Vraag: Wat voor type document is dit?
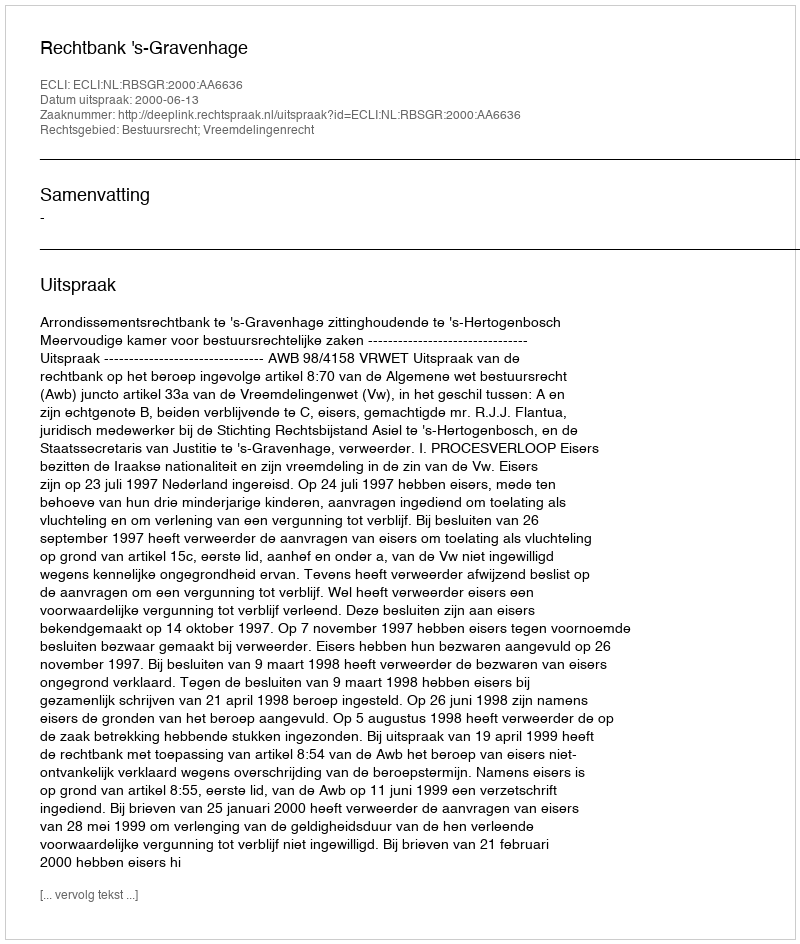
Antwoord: Uitspraak